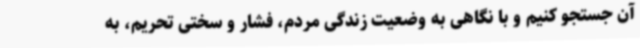
آن جستجو کنیم و با نگاهی به وضعیت زندگی مردم، فشار و سختی تحریم، به